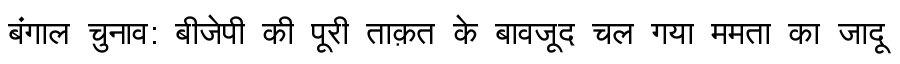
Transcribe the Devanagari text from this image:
बंगाल चुनाव: बीजेपी की पूरी ताक़त के बावजूद चल गया ममता का जादू